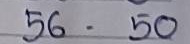
56 - 50